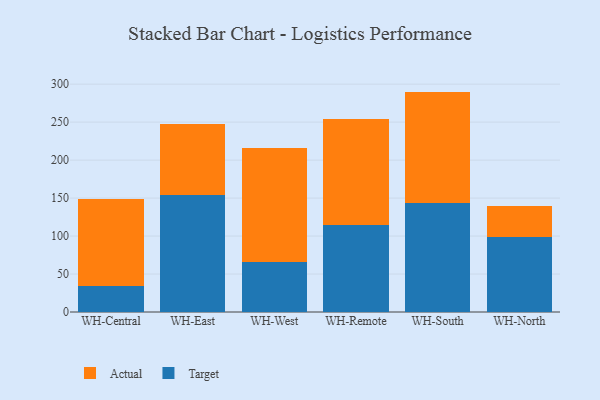
{"axis": {"x": "Warehouse", "y": "Energy Usage (MWh)"}, "legend": ["Actual", "Target"], "data": [{"x": "WH-Central", "y": 33.6, "type": "Target"}, {"x": "WH-Central", "y": 115.4, "type": "Actual"}, {"x": "WH-East", "y": 154.3, "type": "Target"}, {"x": "WH-East", "y": 93.3, "type": "Actual"}, {"x": "WH-West", "y": 66.0, "type": "Target"}, {"x": "WH-West", "y": 149.5, "type": "Actual"}, {"x": "WH-Remote", "y": 114.8, "type": "Target"}, {"x": "WH-Remote", "y": 138.9, "type": "Actual"}, {"x": "WH-South", "y": 143.1, "type": "Target"}, {"x": "WH-South", "y": 147.1, "type": "Actual"}, {"x": "WH-North", "y": 98.5, "type": "Target"}, {"x": "WH-North", "y": 40.7, "type": "Actual"}]}